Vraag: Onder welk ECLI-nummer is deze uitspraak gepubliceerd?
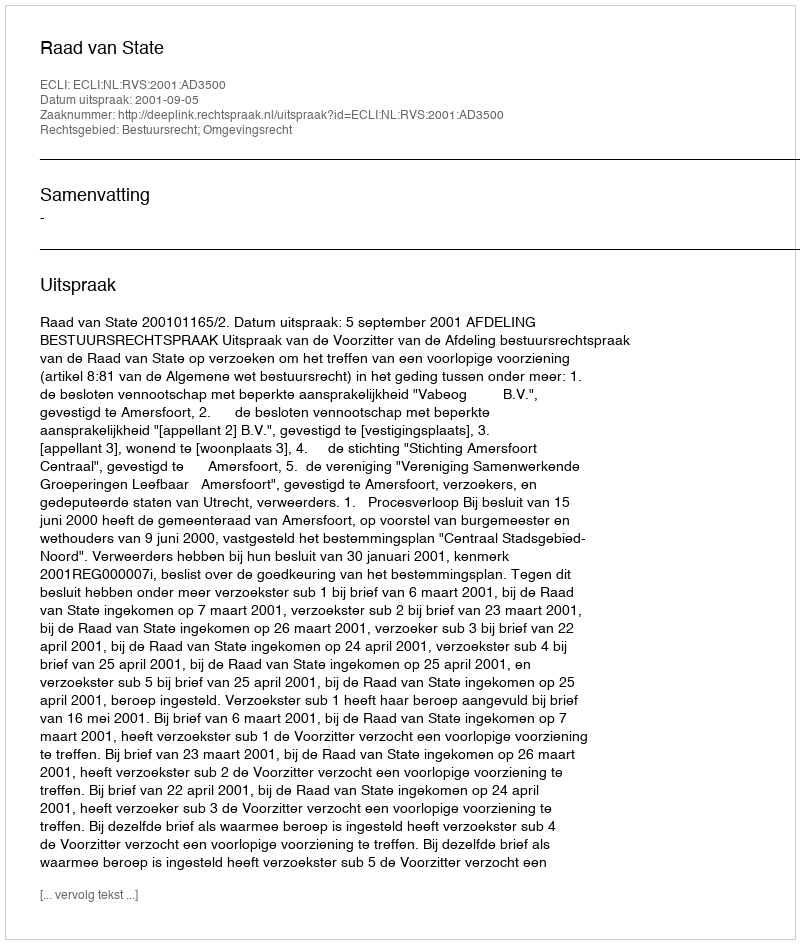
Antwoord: ECLI:NL:RVS:2001:AD3500